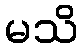
မသိ